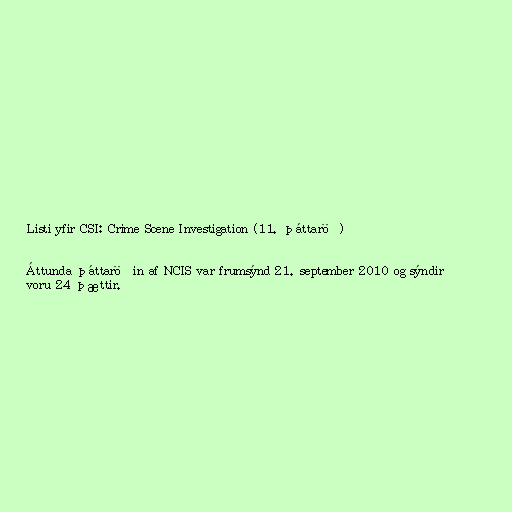
Listi yfir CSI: Crime Scene Investigation (11. þáttaröð)

Áttunda þáttaröðin af NCIS var frumsýnd 21. september 2010 og sýndir
voru 24 þættir.